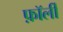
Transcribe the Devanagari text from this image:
फ़ॉर्ली